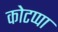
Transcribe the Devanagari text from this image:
कोटप्‍पा